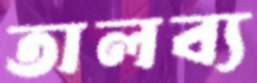
তালব্য